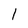
Character: l